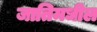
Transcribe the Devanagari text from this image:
जातिमधील